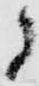
ニ